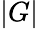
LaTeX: |G|